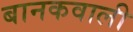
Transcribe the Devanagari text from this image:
बानकवाली